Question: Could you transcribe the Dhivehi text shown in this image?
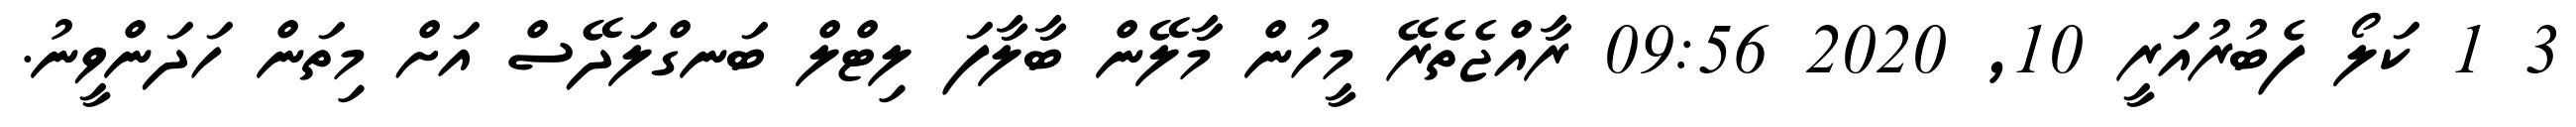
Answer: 3 1 ކަލޯ ފެބުރުއަރީ 10, 2020 09:56 ރާއްޖެތެރޭ މީހުން މާލޭން ބާލާފަ ލިޓްލް ބަނގްލަދޭސް އަށް މިތަން ހަދަންވީނު.